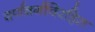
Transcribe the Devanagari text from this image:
वर्णवर्गविरहित